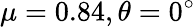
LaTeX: \mu=0.84,\theta=0^{\circ}